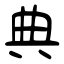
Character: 典